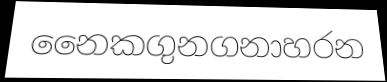
නෛකගුනගනාහරන